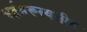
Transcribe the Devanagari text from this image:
अर्द्धमरूस्थलीय